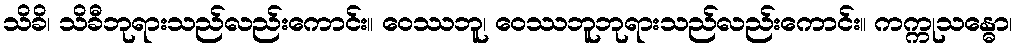
သိခိ၊ သိခီဘုရားသည်လည်းကောင်း။ ဝေဿဘူ၊ ဝေဿဘူဘုရားသည်လည်းကောင်း။ ကက္ကုသန္ဓော၊